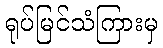
ရုပ်မြင်သံကြားမှ